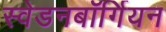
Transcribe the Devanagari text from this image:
स्वेडनबॉर्गियन